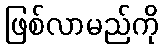
ဖြစ်လာမည်ကို